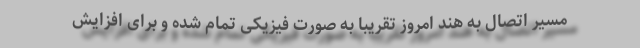
مسیر اتصال به هند امروز تقریبا به صورت فیزیکی تمام شده و برای افزایش